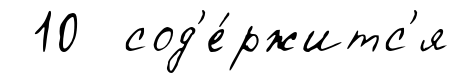
10 сод'е́ржитс'я